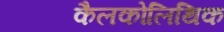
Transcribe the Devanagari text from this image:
कैलकोलिथिक